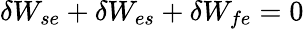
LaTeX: \delta W_{se}+\delta W_{es}+\delta W_{fe}=0